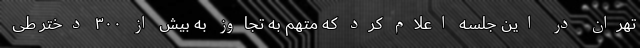
تهران در این جلسه اعلام کرد که متهم به تجاوز به بیش از ۳۰۰ دختر طی